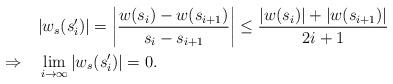
LaTeX: \begin{align*}&|w_s(s_i')|=\left|\frac{w(s_i)-w(s_{i+1})}{s_i-s_{i+1}}\right|\le\frac{|w(s_i)|+|w(s_{i+1})|}{2i+1}\\\Rightarrow\quad&\lim_{i\to\infty}|w_s(s_i')|=0.\end{align*}